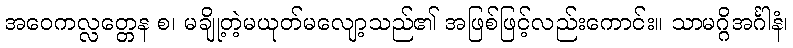
အဝေကလ္လတ္တေန စ၊ မချို့တဲ့မယုတ်မလျော့သည်၏ အဖြစ်ဖြင့်လည်းကောင်း။ သာမဂ္ဂိအင်္ဂါနံ၊